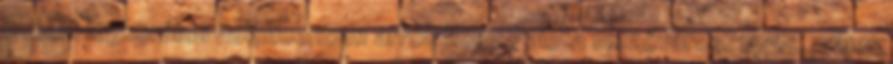
ismert legkorábbi dokumentum arról, hogy Palota mezőváros. 1455. május